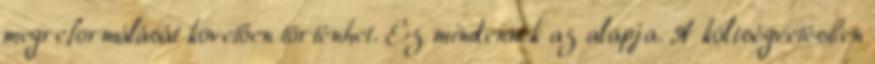
megreformálását követően történhet. Ez mindennek az alapja. A költségvetésben